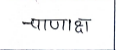
मजकूर: चाणाक्ष